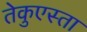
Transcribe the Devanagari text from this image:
तेकुएस्ता